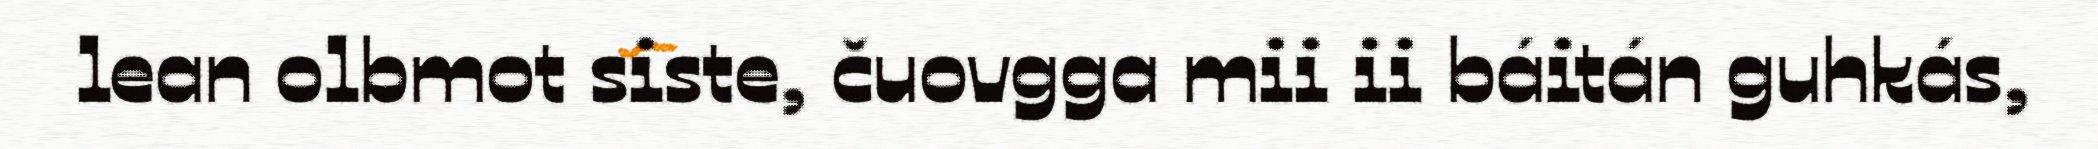
lean olbmot siste, čuovgga mii ii báitán guhkás,